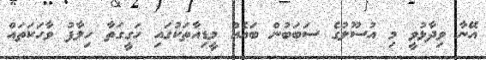
އޭނާ ވިދާޅުވީ މި އުސޫލުގެ ސަބަބުން ބައެއް މީޑިއާތަކުގައި ހަގީގަތާ ހިލާފު ވާހަކަތައް